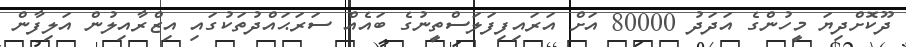
ދޫކޮށްދިޔަ މީހުންގެ އަދަދު 80000 އަށް އަރައިފިފަލަސްތީނުގެ ބައެއް ސަރަޙައްދުތަކުގައި އިޒްރާއިލުން އަލިފާން